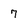
Character: 7